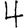
Digit: 4